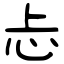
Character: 忐